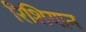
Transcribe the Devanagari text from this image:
रिशियान